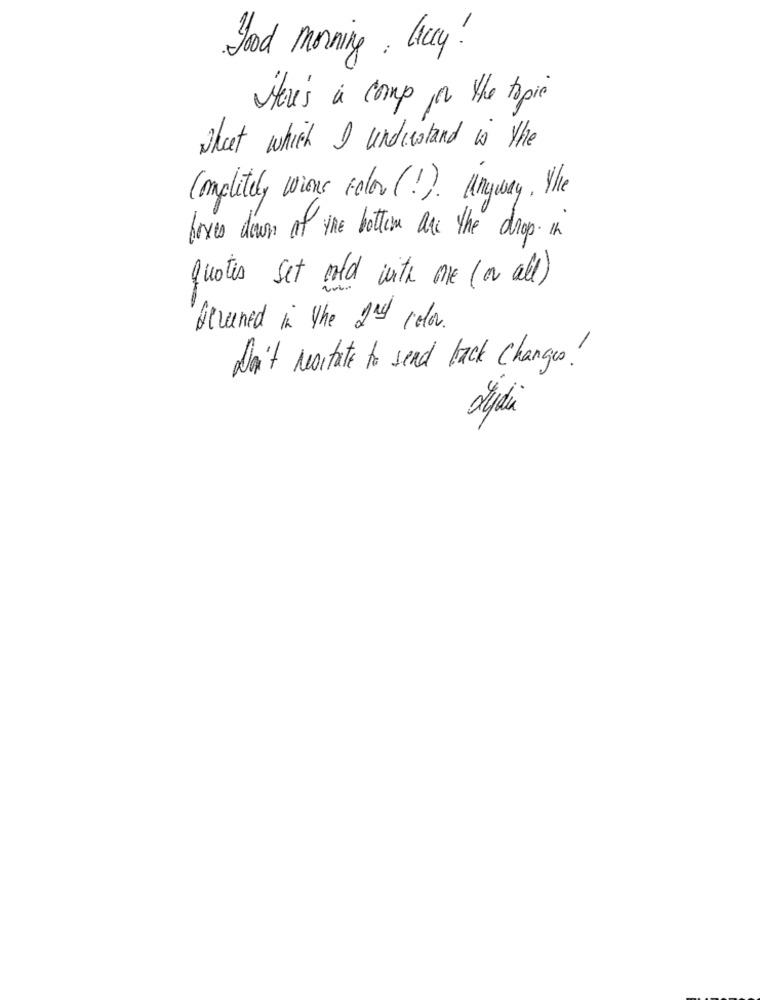
good morning, liccy!
Here's a comp or the topic
what which I understand is the
Completely wione color ( ! ) . Anyway . The
boxes down of the bottom are the drop in
Quotes set old with me ( ar all)
Sevened in the 2nd color.
Don't restate to send back Changes!